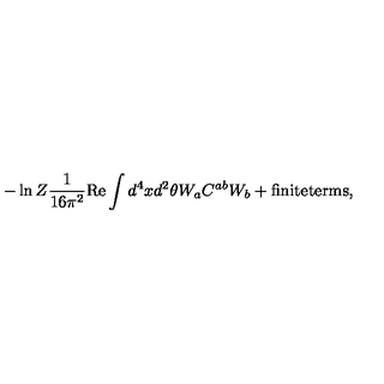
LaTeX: - \ln Z \frac { 1 } { 1 6 \pi ^ { 2 } } \mathrm { R e } \int d ^ { 4 } x d ^ { 2 } \theta W _ { a } C ^ { a b } W _ { b } + \mathrm { f i n i t e t e r m s } ,